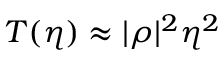
T ( \eta ) \approx | \rho | ^ { 2 } \eta ^ { 2 }